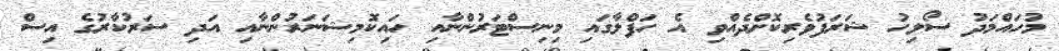
މުހައްމަދު ސޯލިހު ޝަރަފުވެރިކޮށްދެއްވި އެ ހަފްލާގައި މިނިސްޓަރުންނާއި ހައިކޮމިޝަނަރުންނާއި އަދި ސަރުކާރުގެ އިސް